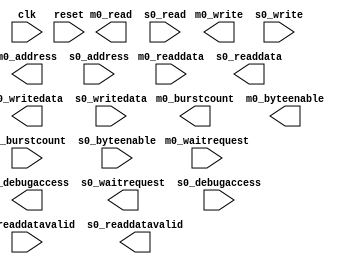
module ghrd_10as066n2_pb_lwh2f #(
		parameter DATA_WIDTH        = 32,
		parameter SYMBOL_WIDTH      = 8,
		parameter HDL_ADDR_WIDTH    = 12,
		parameter BURSTCOUNT_WIDTH  = 1,
		parameter PIPELINE_COMMAND  = 1,
		parameter PIPELINE_RESPONSE = 1
	) (
		input  wire                        clk,              //   clk.clk
		input  wire                        m0_waitrequest,   //    m0.waitrequest
		input  wire [DATA_WIDTH-1:0]       m0_readdata,      //      .readdata
		input  wire                        m0_readdatavalid, //      .readdatavalid
		output wire [BURSTCOUNT_WIDTH-1:0] m0_burstcount,    //      .burstcount
		output wire [DATA_WIDTH-1:0]       m0_writedata,     //      .writedata
		output wire [HDL_ADDR_WIDTH-1:0]   m0_address,       //      .address
		output wire                        m0_write,         //      .write
		output wire                        m0_read,          //      .read
		output wire [3:0]                  m0_byteenable,    //      .byteenable
		output wire                        m0_debugaccess,   //      .debugaccess
		input  wire                        reset,            // reset.reset
		output wire                        s0_waitrequest,   //    s0.waitrequest
		output wire [DATA_WIDTH-1:0]       s0_readdata,      //      .readdata
		output wire                        s0_readdatavalid, //      .readdatavalid
		input  wire [BURSTCOUNT_WIDTH-1:0] s0_burstcount,    //      .burstcount
		input  wire [DATA_WIDTH-1:0]       s0_writedata,     //      .writedata
		input  wire [HDL_ADDR_WIDTH-1:0]   s0_address,       //      .address
		input  wire                        s0_write,         //      .write
		input  wire                        s0_read,          //      .read
		input  wire [3:0]                  s0_byteenable,    //      .byteenable
		input  wire                        s0_debugaccess    //      .debugaccess
	);
endmodule